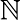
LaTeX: \mathbb{N}